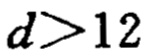
$d>12$